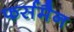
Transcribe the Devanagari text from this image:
फर्समैन